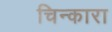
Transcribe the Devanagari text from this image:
चिन्कारा